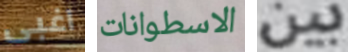
اغبى الاسطوانات بين